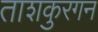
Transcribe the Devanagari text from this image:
ताशकुरगन